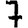
Digit: 7